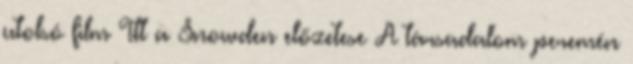
utolsó film Itt a Snowden előzetese A társadalom peremén